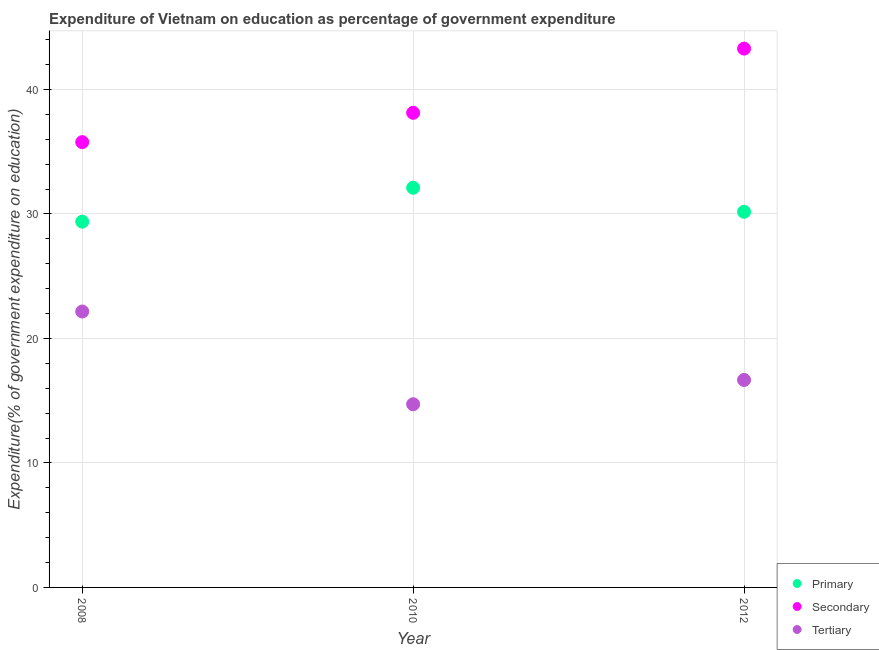
| Year | Primary | Secondary | Tertiary |
 | --- | --- | --- | --- |
 | 2008 | 29.4 | 35.8 | 22.2 |
 | 2010 | 32.1 | 38.1 | 14.7 |
 | 2012 | 30.2 | 43.3 | 16.7 |